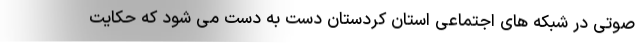
صوتی در شبکه های اجتماعی استان کردستان دست به دست می شود که حکایت